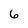
Character: 6